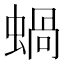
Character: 蝸